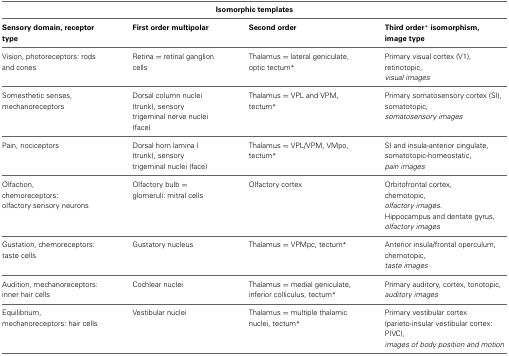
<table><thead><tr><td colspan="4"><b>Isomorphic templates</b></td></tr><tr><td><b>Sensory domain, receptor type</b></td><td><b>First order multipolar</b></td><td><b>Second order</b></td><td><b>Third order<sup>*</sup> isomorphism, image type</b></td></tr></thead><tbody><tr><td>Vision, photoreceptors: rods and cones</td><td>Retina = retinal ganglion cells</td><td>Thalamus = lateral geniculate, optic tectum<sup>*</sup></td><td>Primary visual cortex (V1), retinotopic, <i>visual images</i></td></tr><tr><td>Somesthetic senses, mechanoreceptors</td><td>Dorsal column nuclei (trunk), sensory trigeminal nerve nuclei (face)</td><td>Thalamus = VPL and VPM, tectum<sup>*</sup></td><td>Primary somatosensory cortex (SI), somatotopic, <i>somatosensory images</i></td></tr><tr><td>Pain, nociceptors</td><td>Dorsal horn lamina I (trunk), sensory trigeminal nuclei (face)</td><td>Thalamus = VPL/VPM, VMpo, tectum<sup>*</sup></td><td>SI and insula-anterior cingulate, somatotopic-homeostatic, <i>pain images</i></td></tr><tr><td>Olfaction, chemoreceptors: olfactory sensory neurons</td><td>Olfactory bulb = glomeruli: mitral cells</td><td>Olfactory cortex</td><td>Orbitofrontal cortex, chemotopic, <i>olfactory images</i>.</td></tr><tr><td></td><td></td><td></td><td>Hippocampus and dentate gyrus, <i>olfactory images</i></td></tr><tr><td>Gustation, chemoreceptors: taste cells</td><td>Gustatory nucleus</td><td>Thalamus = VPMpc, tectum<sup>*</sup></td><td>Anterior insula/frontal operculum, chemotopic, <i>taste images</i></td></tr><tr><td>Audition, mechanoreceptors: inner hair cells</td><td>Cochlear nuclei</td><td>Thalamus = medial geniculate, inferior colliculus, tectum<sup>*</sup></td><td>Primary auditory, cortex, tonotopic, <i>auditory images</i></td></tr><tr><td>Equilibrium, mechanoreceptors: hair cells</td><td>Vestibular nuclei</td><td>Thalamus = multiple thalamic nuclei, tectum<sup>*</sup></td><td>Primary vestibular cortex (parieto-insular vestibular cortex: PIVC), <i>images of body position and motion</i></td></tr></tbody></table>